Indian journal of veterinary science and animal husbandry - Volume 4,
Year: 1934
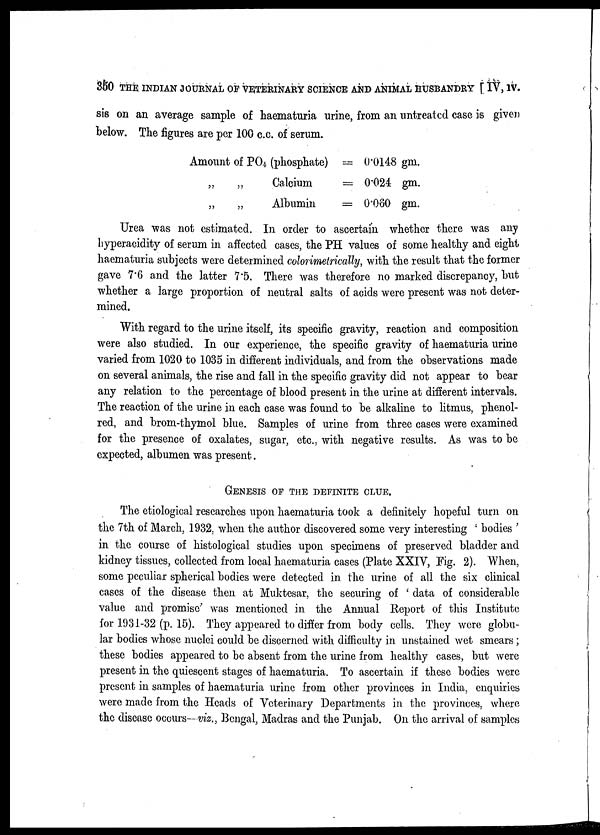
350 THE INDIAN JOURNAL OF VETERINARY SCIENCE AND ANIMAL HUSBANDRY [ IV, IV.
sis on an average sample of haematuria urine, from an untreated case is given
below. The figures are per 100 c.c. of serum.
Amount of PO 4 (phosphate)
„
„
Calcium
„
„
Albumin
= 0.0148 gm.
= 0.024 gm.
= 0.060 gm.
Urea was not estimated. In order to ascertain whether there was any
hyperacidity of serum in affected cases, the PH values of some healthy and eight
haematuria subjects were determined colorimetrically, with the result that the former
gave 7.6 and the latter 7.5. There was therefore no marked discrepancy, but
whether a large proportion of neutral salts of acids were present was not deter-
mined.
With regard to the urine itself, its specific gravity, reaction and composition
were also studied. In our experience, the specific gravity of haematuria urine
varied from 1020 to 1035 in different individuals, and from the observations made
on several animals, the rise and fall in the specific gravity did not appear to bear
any relation to the percentage of blood present in the urine at different intervals.
The reaction of the urine in each case was found to be alkaline to litmus, phenol-
red, and brom-thymol blue. Samples of urine from three cases were examined
for the presence of oxalates, sugar, etc., with negative results. As was to be
expected, albumen was present.
GENESIS OF THE DEFINITE CLUE.
The etiological researches upon haematuria took a definitely hopeful turn on
the 7th of March, 1932, when the author discovered some very interesting ' bodies '
in the course of histological studies upon specimens of preserved bladder and
kidney tissues, collected from local haematuria cases (Plate XXIV, Fig. 2). When,
some peculiar spherical bodies were detected in the urine of all the six clinical
cases of the disease then at Muktesar, the securing of ' data of considerable
value and promise' was mentioned in the Annual Report of this Institute
for 1931-32 (p. 15). They appeared to differ from body cells. They were globu-
lar bodies whose nuclei could be discerned with difficulty in unstained wet smears ;
these bodies appeared to be absent from the urine from healthy cases, but were
present in the quiescent stages of haematuria. To ascertain if these bodies were
present in samples of haematuria urine from other provinces in India, enquiries
were made from the Heads of Veterinary Departments in the provinces, where
the disease occurs—viz., Bengal, Madras and the Punjab. On the arrival of samples